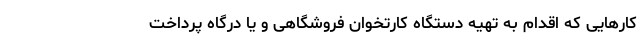
کارهایی که اقدام به تهیه دستگاه کارتخوان فروشگاهی و یا درگاه پرداخت